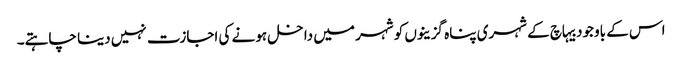
اس کے باوجود بیہاچ کے شہری پناہ گزینوں کو شہر میں داخل ہونے کی اجازت نہیں دینا چاہتے۔